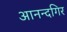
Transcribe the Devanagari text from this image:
आनन्दगिर